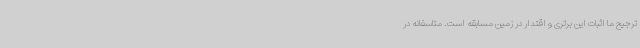
ترجیح ما اثبات این برتری و اقتدار در زمین مسابقه است. متاسفانه در